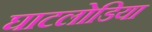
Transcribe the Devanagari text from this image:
घाटलोडिया